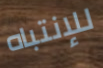
للإنتباه